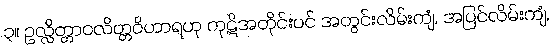
၃။ ဥလ္လိတ္တာဝလိတ္တဝိဟာရဟု ကုဋိအတိုင်းပင် အတွင်းလိမ်းကျံ, အပြင်လိမ်းကျံ,